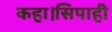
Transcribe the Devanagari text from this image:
कहा।सिपाही